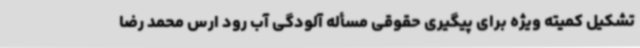
تشکیل کمیته ویژه برای پیگیری حقوقی مسأله آلودگی آب رود ارس محمد رضا